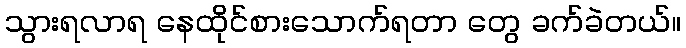
သွားရလာရ နေထိုင်စားသောက်ရတာ တွေ ခက်ခဲတယ်။